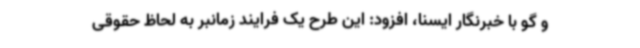
و گو با خبرنگار ایسنا، افزود: این طرح یک فرایند زمانبر به لحاظ حقوقی